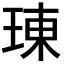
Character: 𤦪